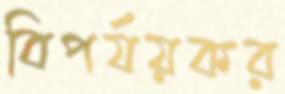
বিপর্যয়কর